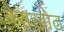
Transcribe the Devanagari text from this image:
बेराखोठ